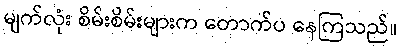
မျက်လုံး စိမ်းစိမ်းများက တောက်ပ နေကြသည်။